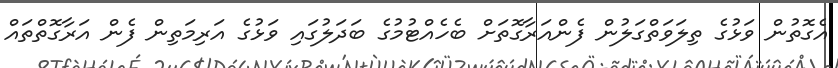
އެގޮތުން ވަޅުގެ ތިލަވަތްގަލުން ފެންއަރާގޮތަށް ބެހެއްޓުމުގެ ބަދަލުގައި ވަޅުގެ އަރިމަތިން ފެން އަރާގޮތްތައް